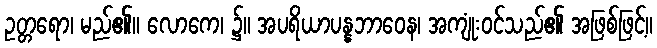
ဥတ္တရော၊ မည်၏။ လောကေ၊ ၌။ အပရိယာပန္နဘာဝေန၊ အကျုံးဝင်သည်၏ အဖြစ်ဖြင့်။